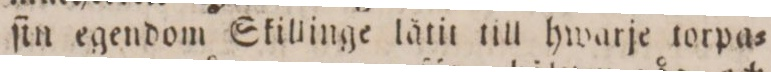
ſin egendom Skillinge lätit till hwarje torpa=